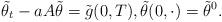
LaTeX: \begin{align*}\tilde{\theta}_{t} - a A \tilde{\theta} = \tilde{g} (0, T), \tilde{\theta}(0, \cdot) = \tilde{\theta}^{0}. \end{align*}